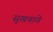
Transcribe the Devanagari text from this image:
सुखवावे